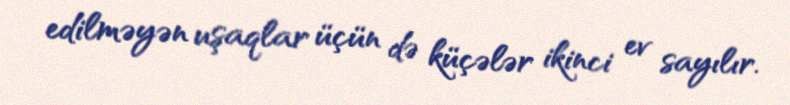
edilməyən uşaqlar üçün də küçələr ikinci ev sayılır.